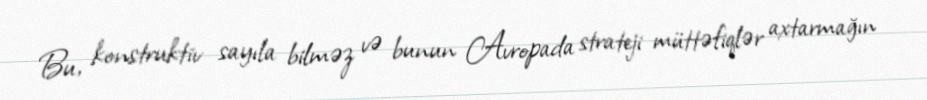
Bu, konstruktiv sayıla bilməz və bunun Avropada strateji müttəfiqlər axtarmağın